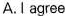
A. I agree